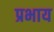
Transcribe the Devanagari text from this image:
प्रभाय